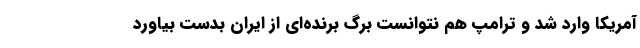
آمریکا وارد شد و ترامپ هم نتوانست برگ برنده‌ای از ایران بدست بیاورد